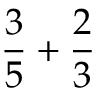
{ \frac { 3 } { 5 } } + { \frac { 2 } { 3 } }